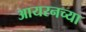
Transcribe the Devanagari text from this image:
आयरनच्या